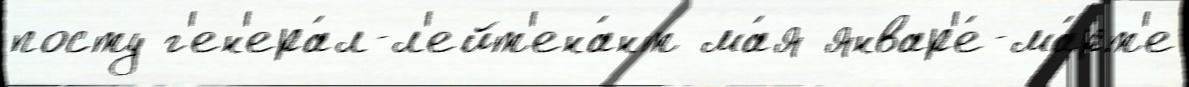
посту г'ен'ера́л-л'ейт'ена́нт ма́я январ'е́-ма́рт'е